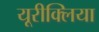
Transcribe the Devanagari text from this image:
यूरीक्लिया